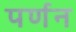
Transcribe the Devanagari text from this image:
पर्णन